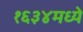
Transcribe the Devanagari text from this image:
१६३४मध्ये